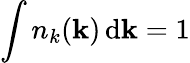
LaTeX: \int n_{k}({\mathbf k})\, \mathrm{d}{\mathbf k}=1